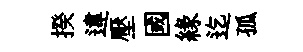
揆違壓國縁迄孤